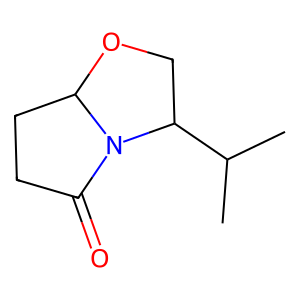
SMILES: CC(C)C1COC2CCC(=O)N21
Inhibits HIV replication: No